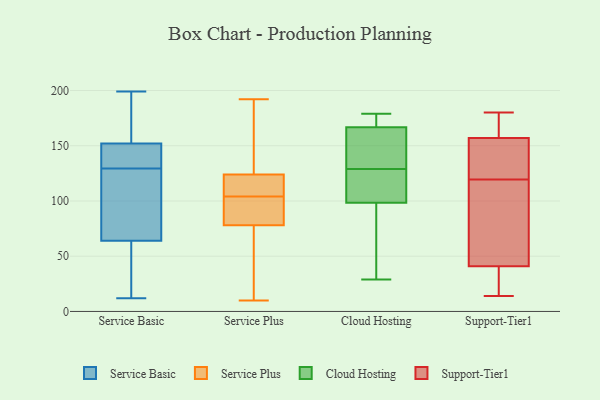
{"axis": {"x": "Demand Index", "y": "Value"}, "legend": ["Cloud Hosting", "Service Basic", "Service Plus", "Support-Tier1"], "data": [{"x": "", "y": 122, "type": "Service Basic"}, {"x": "", "y": 40, "type": "Service Basic"}, {"x": "", "y": 139, "type": "Service Basic"}, {"x": "", "y": 12, "type": "Service Basic"}, {"x": "", "y": 152, "type": "Service Basic"}, {"x": "", "y": 199, "type": "Service Basic"}, {"x": "", "y": 64, "type": "Service Basic"}, {"x": "", "y": 121, "type": "Service Basic"}, {"x": "", "y": 146, "type": "Service Basic"}, {"x": "", "y": 163, "type": "Service Basic"}, {"x": "", "y": 137, "type": "Service Basic"}, {"x": "", "y": 99, "type": "Service Basic"}, {"x": "", "y": 198, "type": "Service Basic"}, {"x": "", "y": 43, "type": "Service Basic"}, {"x": "", "y": 126, "type": "Service Plus"}, {"x": "", "y": 106, "type": "Service Plus"}, {"x": "", "y": 78, "type": "Service Plus"}, {"x": "", "y": 192, "type": "Service Plus"}, {"x": "", "y": 110, "type": "Service Plus"}, {"x": "", "y": 127, "type": "Service Plus"}, {"x": "", "y": 102, "type": "Service Plus"}, {"x": "", "y": 10, "type": "Service Plus"}, {"x": "", "y": 18, "type": "Service Plus"}, {"x": "", "y": 119, "type": "Service Plus"}, {"x": "", "y": 24, "type": "Service Plus"}, {"x": "", "y": 82, "type": "Service Plus"}, {"x": "", "y": 124, "type": "Service Plus"}, {"x": "", "y": 97, "type": "Service Plus"}, {"x": "", "y": 103, "type": "Cloud Hosting"}, {"x": "", "y": 129, "type": "Cloud Hosting"}, {"x": "", "y": 138, "type": "Cloud Hosting"}, {"x": "", "y": 45, "type": "Cloud Hosting"}, {"x": "", "y": 150, "type": "Cloud Hosting"}, {"x": "", "y": 116, "type": "Cloud Hosting"}, {"x": "", "y": 29, "type": "Cloud Hosting"}, {"x": "", "y": 166, "type": "Cloud Hosting"}, {"x": "", "y": 179, "type": "Cloud Hosting"}, {"x": "", "y": 169, "type": "Cloud Hosting"}, {"x": "", "y": 85, "type": "Cloud Hosting"}, {"x": "", "y": 178, "type": "Cloud Hosting"}, {"x": "", "y": 125, "type": "Cloud Hosting"}, {"x": "", "y": 139, "type": "Support-Tier1"}, {"x": "", "y": 133, "type": "Support-Tier1"}, {"x": "", "y": 22, "type": "Support-Tier1"}, {"x": "", "y": 72, "type": "Support-Tier1"}, {"x": "", "y": 61, "type": "Support-Tier1"}, {"x": "", "y": 157, "type": "Support-Tier1"}, {"x": "", "y": 140, "type": "Support-Tier1"}, {"x": "", "y": 29, "type": "Support-Tier1"}, {"x": "", "y": 168, "type": "Support-Tier1"}, {"x": "", "y": 160, "type": "Support-Tier1"}, {"x": "", "y": 41, "type": "Support-Tier1"}, {"x": "", "y": 14, "type": "Support-Tier1"}, {"x": "", "y": 180, "type": "Support-Tier1"}, {"x": "", "y": 106, "type": "Support-Tier1"}]}